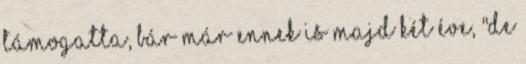
támogatta, bár már ennek is majd két éve, "de